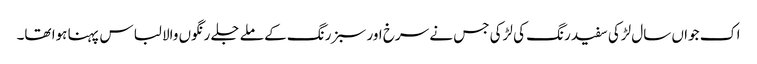
اک جواں سال لڑکی سفید رنگ کی لڑکی جس نے سرخ اور سبز رنگ کے ملے جلے رنگوں والا لباس پہنا ہوا تھا۔